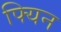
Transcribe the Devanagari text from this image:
फ्यिन